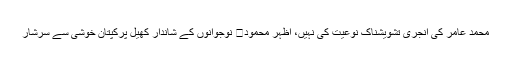
محمد عامر کی انجری تشویشناک نوعیت کی نہیں، اظہر محمود	 نوجوانوں کے شاندار کھیل پرکپتان خوشی سے سرشار